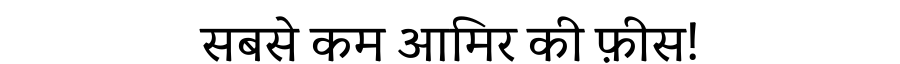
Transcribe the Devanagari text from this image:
सबसे कम आमिर की फ़ीस!